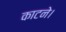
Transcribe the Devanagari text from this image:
काटने।